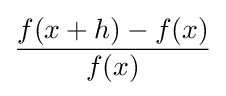
{\frac {f(x+h)-f(x)}{f(x)}}